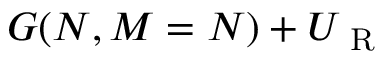
G ( N , M = N ) + U _ { \mathrm { ~ R ~ } }